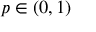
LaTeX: p \in ( 0 , 1 )